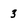
Character: 3